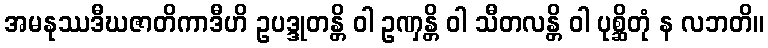
အမနုဿဒီဃဇာတိကာဒီဟိ ဥပဒ္ဒုတန္တိ ဝါ ဥဏှန္တိ ဝါ သီတလန္တိ ဝါ ပုစ္ဆိတုံ န လဘတိ။